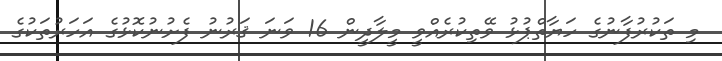
މި ތަކުރުފާނުގެ ހަޔާތްޕުޅު ވޭތިކުރެއްވީ މީލާދީން 16 ވަނަ ޤަރުނު ފެށުނުކޮޅުގެ އަހަރުތަކުގެ